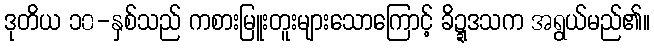
ဒုတိယ ၁၀-နှစ်သည် ကစားမြူးတူးများသောကြောင့် ခိဍ္ဍဒသက အရွယ်မည်၏။